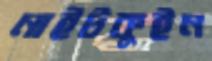
নাইটকুইন